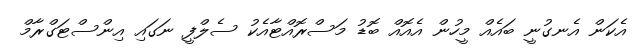
އެކަން އެނގުނީ ބައެއް މީހުން އެއޮއް ބޮޑު މަސްރޮއްޓާއެކު ސެލްފީ ނަގައި އިންސްޓަގްރާމް